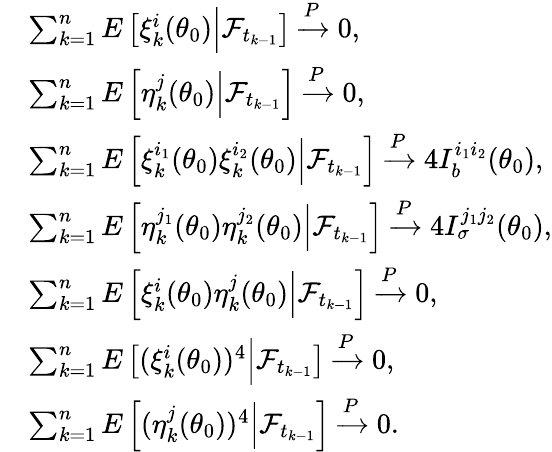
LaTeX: \begin{array}{rl}&{\sum_{k=1}^{n}E\left[\xi_{k}^{i}(\theta_{0})\Big|\mathcal{F}_{t_{k-1}}\right]\xrightarrow{P}0,}\\ &{\sum_{k=1}^{n}E\left[\eta_{k}^{j}(\theta_{0})\Big|\mathcal{F}_{t_{k-1}}\right]\xrightarrow{P}0,}\\ &{\sum_{k=1}^{n}E\left[\xi_{k}^{i_{1}}(\theta_{0})\xi_{k}^{i_{2}}(\theta_{0})\Big|\mathcal{F}_{t_{k-1}}\right]\xrightarrow{P}4I_{b}^{i_{1}i_{2}}(\theta_{0}),}\\ &{\sum_{k=1}^{n}E\left[\eta_{k}^{j_{1}}(\theta_{0})\eta_{k}^{j_{2}}(\theta_{0})\Big|\mathcal{F}_{t_{k-1}}\right]\xrightarrow{P}4I_{\sigma}^{j_{1}j_{2}}(\theta_{0}),}\\ &{\sum_{k=1}^{n}E\left[\xi_{k}^{i}(\theta_{0})\eta_{k}^{j}(\theta_{0})\Big|\mathcal{F}_{t_{k-1}}\right]\xrightarrow{P}0,}\\ &{\sum_{k=1}^{n}E\left[(\xi_{k}^{i}(\theta_{0}))^{4}\Big|\mathcal{F}_{t_{k-1}}\right]\xrightarrow{P}0,}\\ &{\sum_{k=1}^{n}E\left[(\eta_{k}^{j}(\theta_{0}))^{4}\Big|\mathcal{F}_{t_{k-1}}\right]\xrightarrow{P}0.}\end{array}